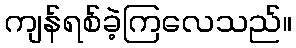
ကျန်ရစ်ခဲ့ကြလေသည်။